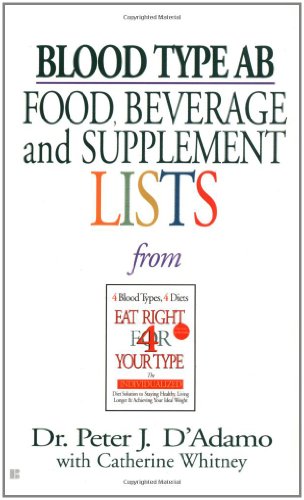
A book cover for Blood Type AB Food, Beverage and Supplemental Lists; Dr. Peter J. D'Adamo; Health, Fitness & Dieting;